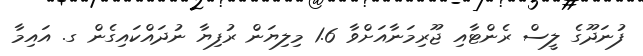
ފުނަދޫގެ ލީސް ރެންޓާއި ޖޫރިމަނާއަށްވާ 1.6 މިލިޔަން ރުފިޔާ ނުދައްކައިގެން ގ. އައިމާ